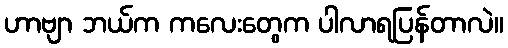
ဟာဗျာ ဘယ်က ကလေးတွေက ပါလာရပြန်တာလဲ။